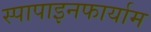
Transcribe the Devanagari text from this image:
स्पापाइनफार्याम